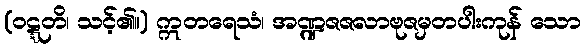
(ဝဋ္ဋတိ၊ သင့်၏။) ဣတရေသံ၊ အဏ္ဍဇဇလာဗုဇမှတပါးကုန် သော